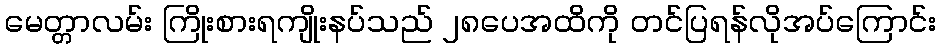
မေတ္တာလမ်း ကြိုးစားရကျိုးနပ်သည် ၂၈ပေအထိကို တင်ပြရန်လိုအပ်ကြောင်း